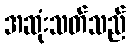
အဆုံးသတ်သည်